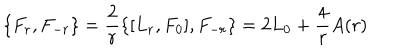
LaTeX: \{ F _ { r } , F _ { - r } \} = \frac { 2 } { r } \{ [ L _ { r } , F _ { 0 } ] , F _ { - r } \} = 2 L _ { 0 } + \frac { 4 } { r } A ( r )